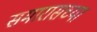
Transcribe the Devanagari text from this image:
समारासच्या